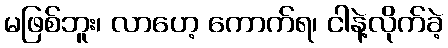
မဖြစ်ဘူး၊ လာဟေ့ ကောက်ရ၊ ငါနဲ့လိုက်ခဲ့